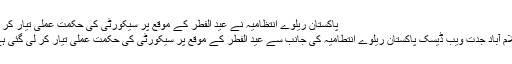
پاکستان ریلوے انتظامیہ نے عید الفطر کے موقع پر سیکورٹی کی حکمت عملی تیار کر لی
اسلام آباد جدت ویب ڈیسک پاکستان ریلوے انتطامیہ کی جانب سے عید الفطر کے موقع پر سیکورٹی کی حکمت عملی تیار کر لی گئی ہے۔